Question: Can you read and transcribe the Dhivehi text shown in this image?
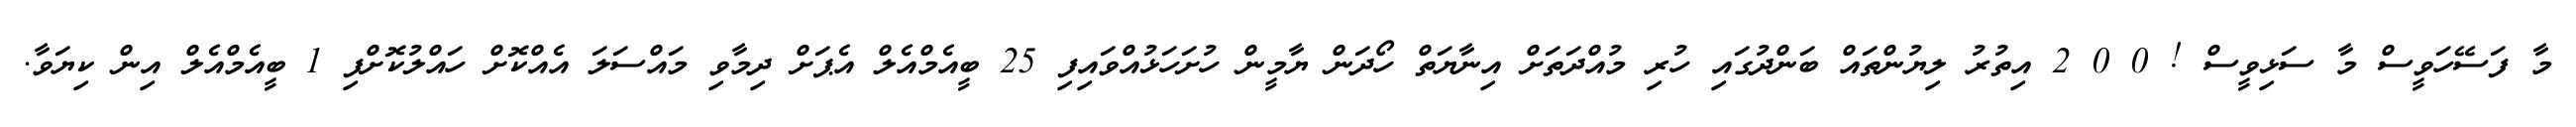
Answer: މާ ފަސޭހަވީސް މާ ސަޅިވީސް ! 0 0 2 އިތުރު ލިޔުންތައް ބަންދުގައި ހުރި މުއްދަތަށް އިނާޔަތް ހޯދަން ޔާމީން ހުށަހަޅުއްވައިފި 25 ބީއެމްއެލް އެޕަށް ދިމާވި މައްސަލަ އެއްކޮށް ހައްލުކޮށްފި 1 ބީއެމްއެލް އިން ކިޔަވާ.